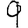
Digit: 9